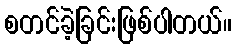
စတင်ခဲ့ခြင်းဖြစ်ပါတယ်။